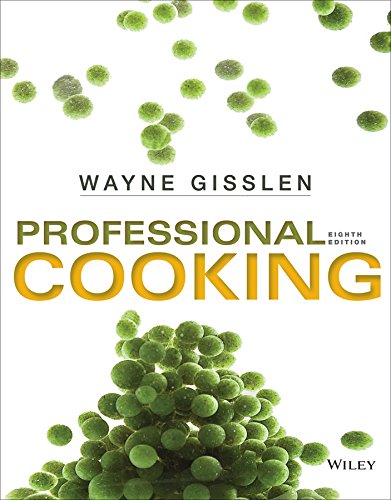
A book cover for Professional Cooking 8e + WileyPLUS Registration Card; Wayne Gisslen; Cookbooks, Food & Wine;